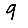
Digit: 9